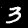
Label: 3